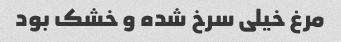
مرغ خیلی سرخ شده و خشک بود